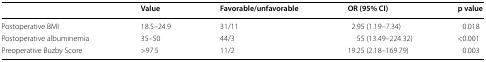
<table><thead><tr><td></td><td><b>Value</b></td><td><b>Favorable/unfavorable</b></td><td><b>OR (95% CI)</b></td><td><b>p value</b></td></tr></thead><tbody><tr><td>Postoperative BMI</td><td>18.5–24.9</td><td>31/11</td><td>2.95 (1.19–7.34)</td><td>0.018</td></tr><tr><td>Postoperative albuminemia</td><td>35–50</td><td>44/3</td><td>55 (13.49–224.32)</td><td>&lt;0.001</td></tr><tr><td>Preoperative Buzby Score</td><td>&gt;97.5</td><td>11/2</td><td>19.25 (2.18–169.79)</td><td>0.003</td></tr></tbody></table>